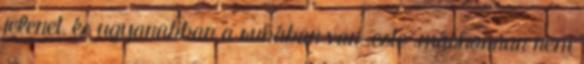
jelenet, és ugyanabban a ruhában van .este .máshonnan nem